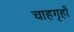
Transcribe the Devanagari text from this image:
चाहगृहों